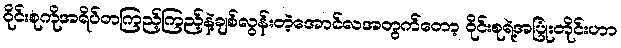
ဝိုင်းစုကိုအရိပ်တကြည့်ကြည့်နဲ့ချစ်လွန်းတဲ့အောင်လအတွက်တော့ ဝိုင်းစုရဲ့အပြုံးတိုင်းဟာ